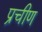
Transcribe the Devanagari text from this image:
प्रचीण